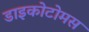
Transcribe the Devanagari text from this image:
डाइकोटोमस